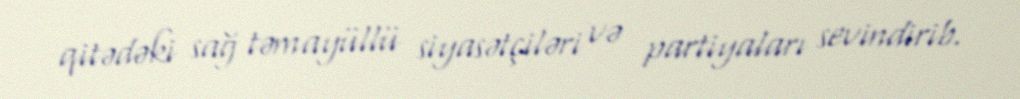
qitədəki sağ təmayüllü siyasətçiləri və partiyaları sevindirib.